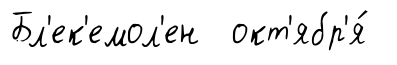
Бл'ек'емол'ен окт'ябр'я́